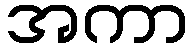
အကာ